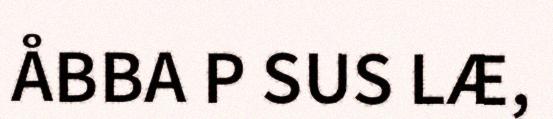
ÅBBA P SUS LÆ,